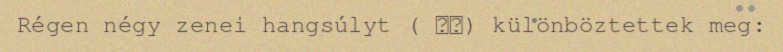
Régen négy zenei hangsúlyt ( 聲調) különböztettek meg: